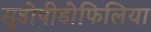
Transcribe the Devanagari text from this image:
सुडोपीडोफिलिया